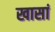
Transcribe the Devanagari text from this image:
खासां